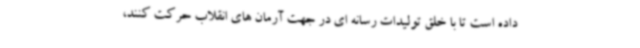
داده است تا با خلق تولیدات رسانه ای در جهت آرمان های انقلاب حرکت کنند،